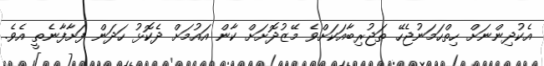
އެކުދިންނަށް ހިތްހަމަނުޖެހޭ ތަޖުރިބާއަކަށްވެ މޭޒުދޮށަށް ކާން އައުމަށް ދެކޮޅު ހަދަން ފަށާފާނެތީ އެވެ.